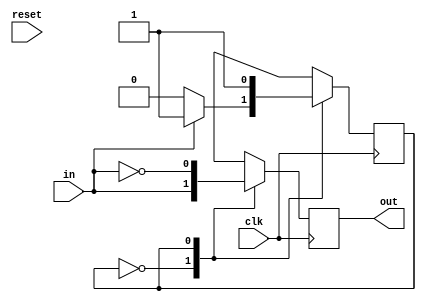
module twoscomp (in, clk, reset, out); 
    input in, clk, reset; 
    output reg out;

    parameter S0 = 1'b0; 
    parameter S1 = 1'b1;

    reg cs, ns; 

    always @(posedge clk) begin 
        cs = ns;
        
        if (reset) begin
            ns <= S0;
            out <= 1'b0;
        end
        
        case (cs)
            S0: begin
                out <= in; 
                if (in == 1'b1)
                    ns <= S1;
                else 
                    ns <= S0;
            end
            S1: begin
                ns <= S1;
                out <= ~in;
            end
        endcase
    end
endmodule